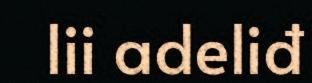
lii adeliđ